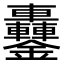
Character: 𨰵